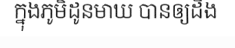
ក្នុងភូមិដូនមាឃ បានឲ្យដឹង